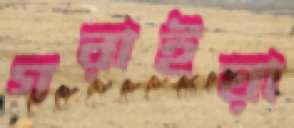
গরাইয়া